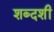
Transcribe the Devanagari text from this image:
शब्दशी